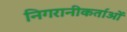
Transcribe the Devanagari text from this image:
निगरानीकर्ताओं